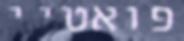
פואטיי